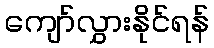
ကျော်လွှားနိုင်ရန်